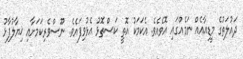
ދައުލަތުގެ މީޑިއާއެއް ނަމެއްގައި އޮވެއެވެ. އެކަމަކު އޮތީ ކަސްތޮޅު އެޅުވިފައެވެ. ނޫސްވެރިކަމަށާއި ޚިޔާލުފާޅު